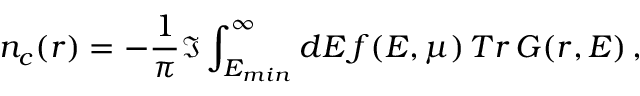
n _ { c } ( r ) = - \frac { 1 } { \pi } \Im \int _ { E _ { m i n } } ^ { \infty } d E \, f ( E , \mu ) \, T r \, G ( r , E ) \, ,